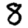
Digit: 8